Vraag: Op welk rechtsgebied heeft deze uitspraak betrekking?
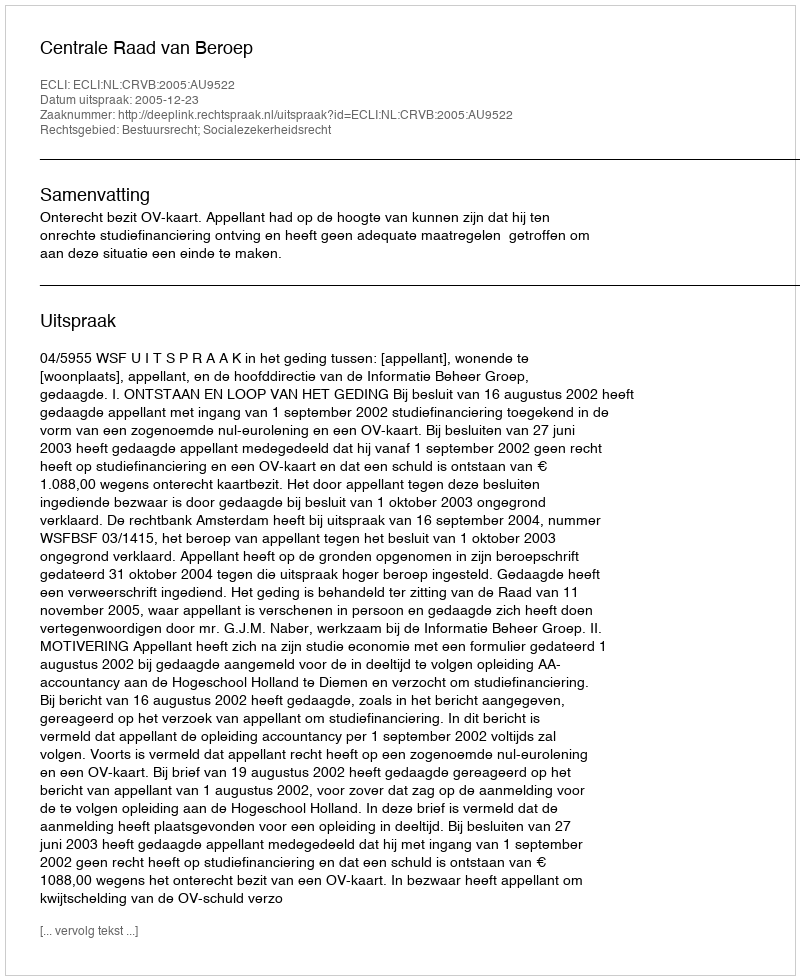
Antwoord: Bestuursrecht; Socialezekerheidsrecht